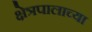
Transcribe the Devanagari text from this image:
क्षेत्रपालाच्या